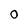
Character: O